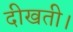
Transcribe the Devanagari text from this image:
दीखती।